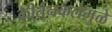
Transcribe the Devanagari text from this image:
कीर्तनकलेमुळे